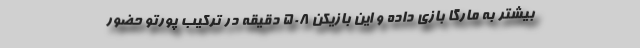
بیشتر به مارگا بازی داده و این بازیکن 508 دقیقه در ترکیب پورتو حضور